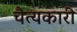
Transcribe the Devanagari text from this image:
चैत्यकारी